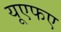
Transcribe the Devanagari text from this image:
यूएफए